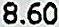
8.60